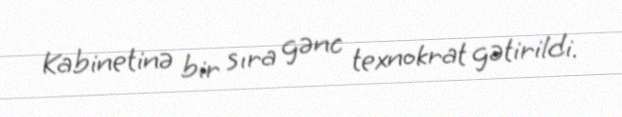
Kabinetinə bir sıra gənc texnokrat gətirildi.